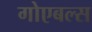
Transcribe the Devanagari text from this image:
गोएबल्स